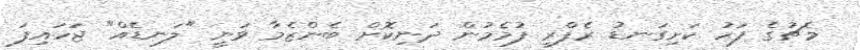
މެޗުގެ ފަހު ކަށިގަނޑު ރެފްރީ ފުމެމުން ދަނިކޮށް ބެންޒެމާ ވަނީ "ލަނޑެއް" ޖަހައިފަ